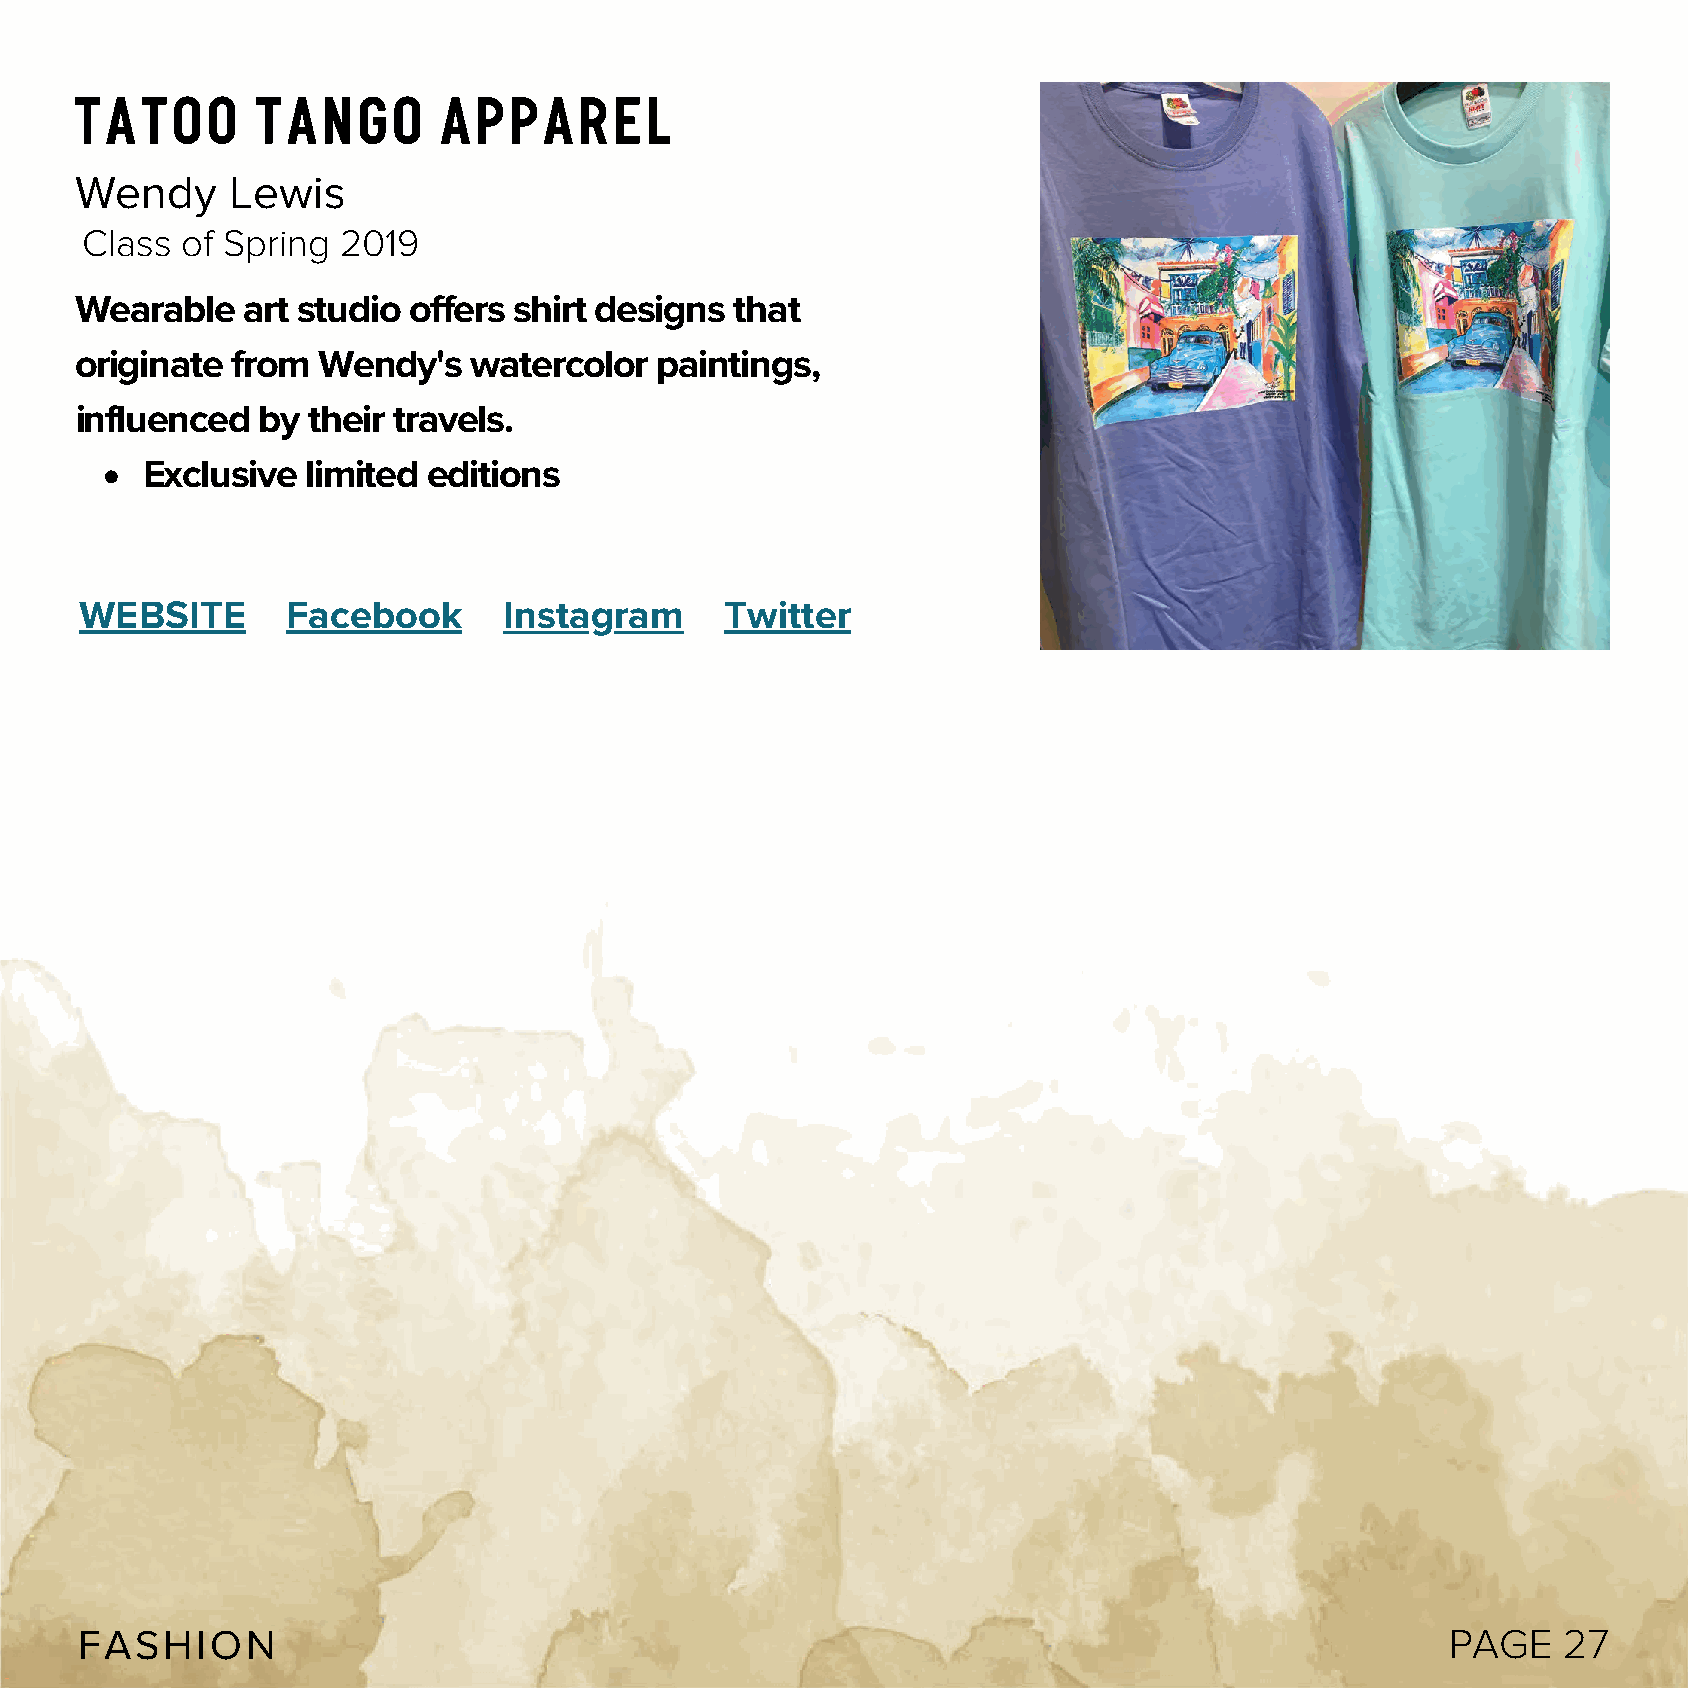
Tatoo       Tango       Apparel
 Wendy     Lewis
 Class  of Spring 2019
 Wearable   art studio offers shirt designs  that
 originate from  Wendy's   watercolor  paintings,
 influenced  by their travels.
 Exclusive  limited editions
 WEBSITE       Facebook      Instagram      Twitter
 FASHION                                                                                    PAGE   27